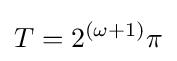
T=2^{(\omega +1)}\pi